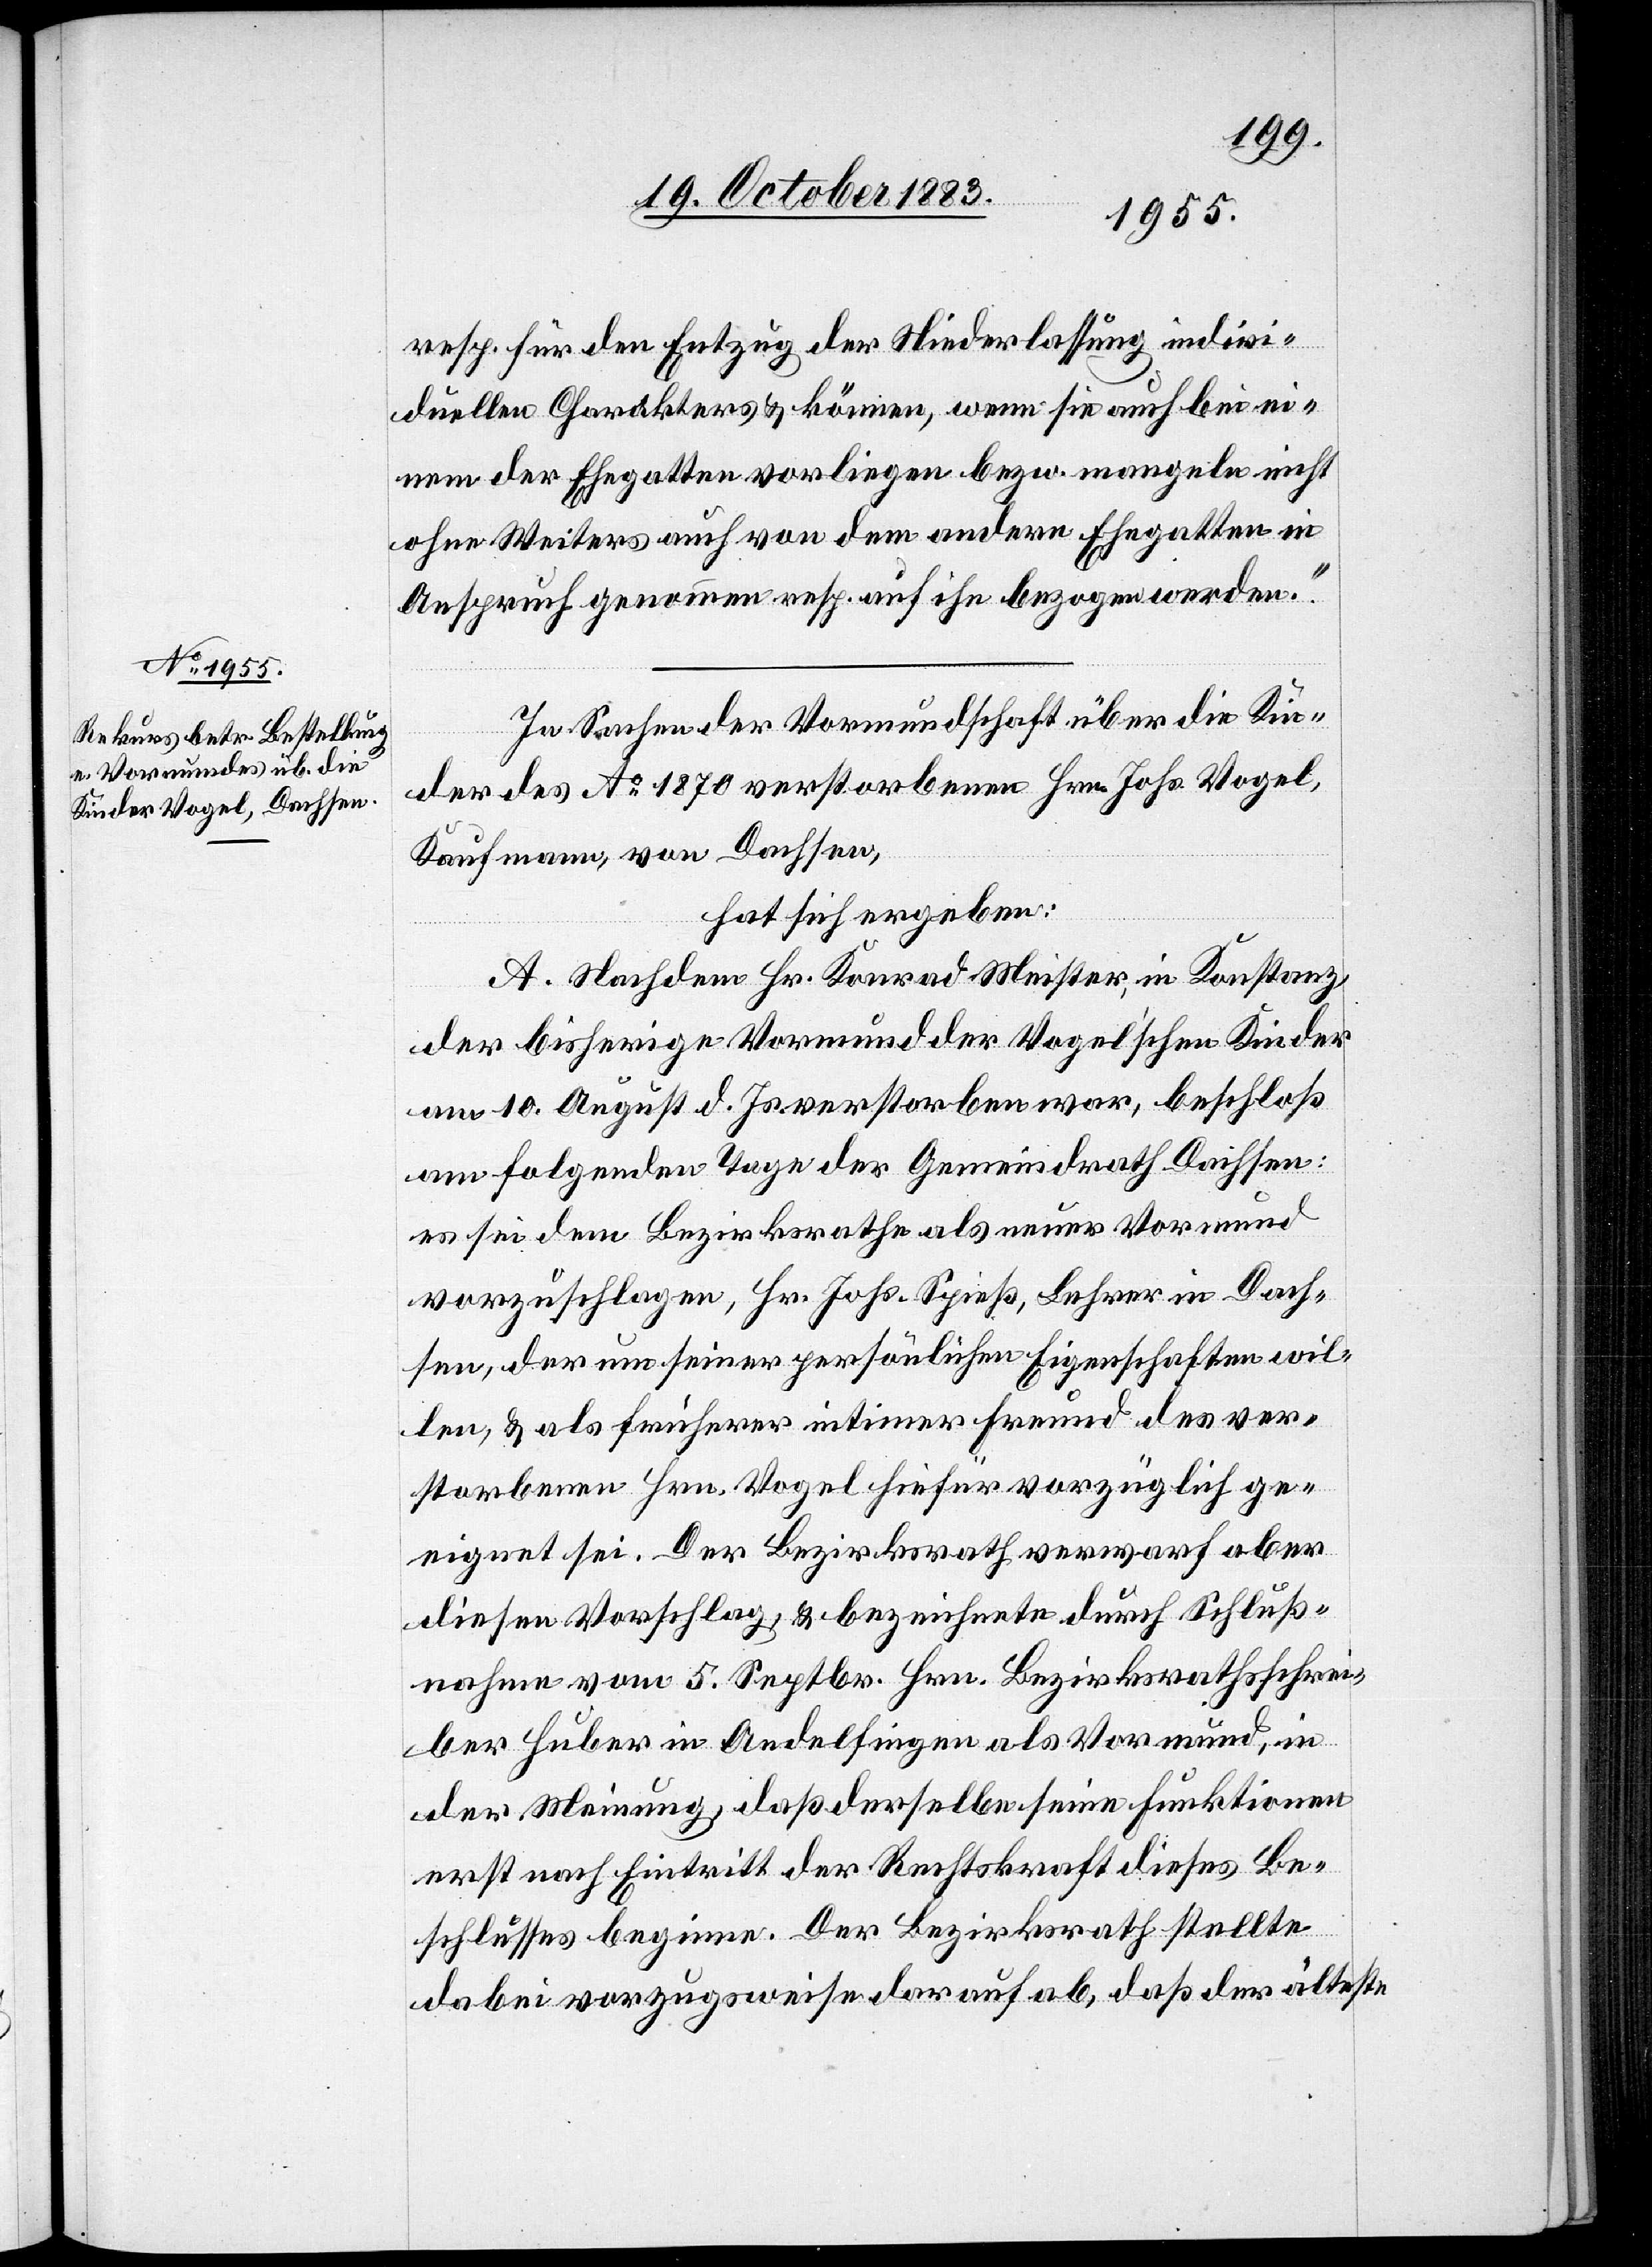
resp. für den Entzug der Niederlassung indivi¬
duellen Charakters & können, wenn sie auch bei ei¬
nem der Ehegatten vorliegen bezw. mangeln nicht
ohne Weiters auch von dem andern Ehegatten in
Anspruch genommen resp. auf ihn bezogen werden.“
In Sachen der Vormundschaft über die Kin¬
der des Ao 1870 verstorbenen Hrn. Johs. Vogel,
Kaufmann, von Dachsen,
hat sich ergeben:
A. Nachdem Hr. Konrad Meister, in Konstanz,
der bisherige Vormund der Vogel’schen Kinder
am 10. August d. Js. verstorben war, beschloß
am folgenden Tage der Gemeindrath Dachsen:
es sei dem Bezirksrathe als neuer Vormund
vorzuschlagen, Hr. Johs. Spieß, Lehrer in Dach¬
sen, der um seiner persönlichen Eigenschaften wil¬
len, & als früherer intimer Freund des ver¬
storbenen Hrn. Vogel hiefür vorzüglich ge¬
eignet sei. Der Bezirksrath verwarf aber
diesen Vorschlag, & bezeichnete durch Schluß¬
nahme vom 5. Septbr. Hrn. Bezirksrathsschrei¬
ber Huber in Andelfingen als Vormund, in
der Meinung, daß derselbe seine Funktionen
erst nach Eintritt der Rechtskraft dieses Be¬
schlusses beginne. Der Bezirksrath stellte
dabei vorzugsweise darauf ab, daß der älteste